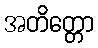
အတိတ္တော